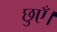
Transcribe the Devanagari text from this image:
छुएँ।